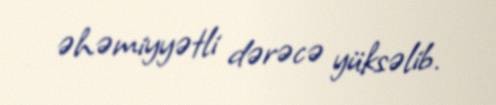
əhəmiyyətli dərəcə yüksəlib.